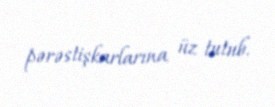
pərəstişkarlarına üz tutub.